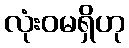
လုံးဝမရှိဟု